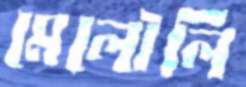
মেলৌলি